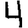
Digit: 4